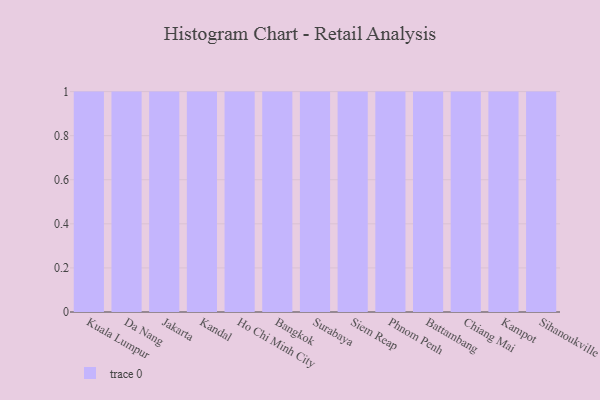
{"axis": {"x": "City", "y": "Customer Acquisition Cost (USD)"}, "legend": [""], "data": [{"x": "Kuala Lumpur", "y": 37, "type": ""}, {"x": "Da Nang", "y": 69, "type": ""}, {"x": "Jakarta", "y": 10, "type": ""}, {"x": "Kandal", "y": 81, "type": ""}, {"x": "Ho Chi Minh City", "y": 50, "type": ""}, {"x": "Bangkok", "y": 64, "type": ""}, {"x": "Surabaya", "y": 100, "type": ""}, {"x": "Siem Reap", "y": 2, "type": ""}, {"x": "Phnom Penh", "y": 4, "type": ""}, {"x": "Battambang", "y": 6, "type": ""}, {"x": "Chiang Mai", "y": 60, "type": ""}, {"x": "Kampot", "y": 57, "type": ""}, {"x": "Sihanoukville", "y": 15, "type": ""}]}